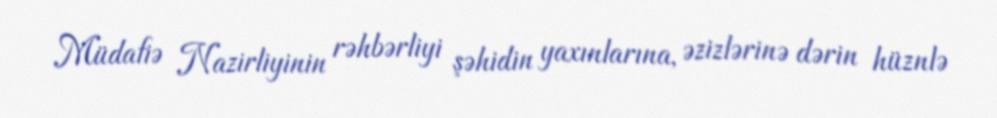
Müdafiə Nazirliyinin rəhbərliyi şəhidin yaxınlarına, əzizlərinə dərin hüznlə